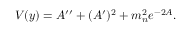
V ( y ) = A ^ { \prime \prime } + ( A ^ { \prime } ) ^ { 2 } + m _ { n } ^ { 2 } e ^ { - 2 A } .